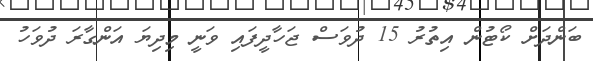
ބަންދަށް ކޯޓުން އިތުރު 15 ދުވަސް ޖަހާދީފައި ވަނީ މިދިޔަ އަންގާރަ ދުވަހު